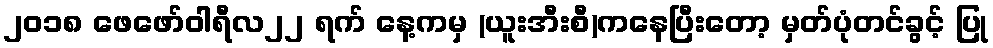
၂၀၁၈ ဖေဖော်ဝါရီလ၂၂ ရက် နေ့ကမှ (ယူးအီးစီ)ကနေပြီးတော့ မှတ်ပုံတင်ခွင့် ပြု